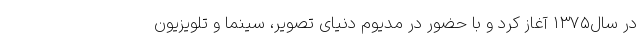
در سال۱۳۷۵ آغاز کرد و با حضور در مدیوم دنیای تصویر، سینما و تلویزیون